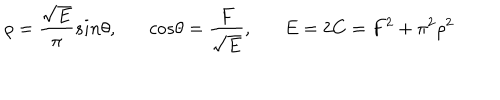
LaTeX: \rho = \frac { \sqrt E } { \pi } s i n \theta , c o s \theta = \frac { F } { \sqrt E } , E = 2 C = F ^ { 2 } + \pi ^ { 2 } \rho ^ { 2 }